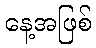
နေ့အဖြစ်